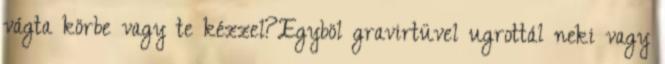
vágta körbe vagy te kézzel?Egyböl gravirtüvel ugrottál neki vagy